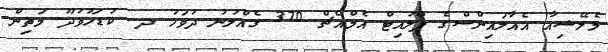
މެލޭޝިއާ އެއާލައިންސްގެ ފްލައިޓް އެމްއެޗް 370 ގެއްލުނު ދުވަހު ދ. ކުޑަހުވަދޫ މަތިން